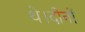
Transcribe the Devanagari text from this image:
थे।दोनों